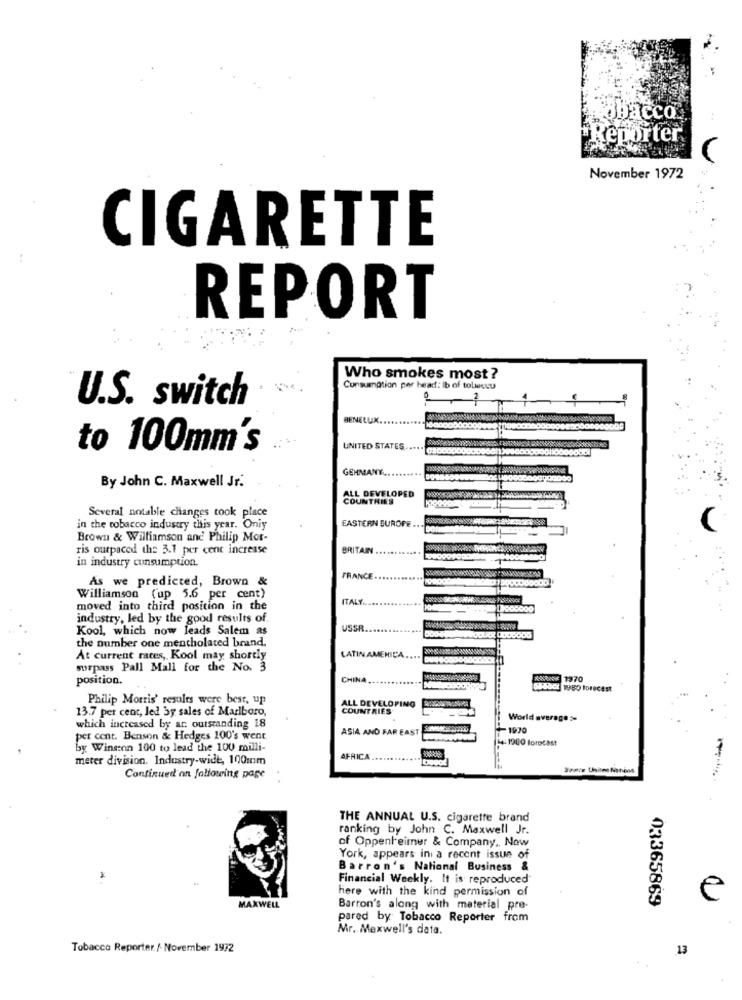
pöbacco
*Reporter
November 1972
CIGARETTE
REPORT
Who smokes most ?
Consumption per head: Ib of tolwsuu
U.S. switch
HENELUX.
to 100mm's
UNITED STATES ....
GEHMANY
By John C. Maxwell Jr.
ALL DEVELOPED
COUNTRIES
Several notable changes took place
EASTERN BUROFE ...
in the tobacco industry this year. Oniy
Brown & Williamson and Philip Mor-
ris outpaced the 3.1 per cent increase
BRITAIN
in industry consumption.
As we predicted, Brown &
FRANCE .............
Williamson (up 5.6 per cent)
ITALY
moved into third position in the
industry, led by the good results of.
Kool, which now leads Salem as
USSR
the number one mentholated brand.
LATIN AMERICA.
At current rates, Kool may shortly
surpass Pall Mall for the No. 3
position.
CHINA
**.
**** 1970
TUBO forecast
Philip Morris' results were best, up
ALL DEVELOPING
13.7 per cent, led by sales of Marlboro,
COUNTRIES
World average
which increased by ar outstanding 18
ASIA AND FAR EAST
-1970
per cent. Benson & Hedges 100's went
44:1900 forochst
by Winsenn 100 to lead the 100 milli-
meter division. Industry-wide, 100mm
AFRICA
.....
Continued on following page
THE ANNUAL U.S. cigarette brand
ranking by John C. Maxwell Jr.
of Oppenheimer & Company ,, Now
York, appears ini a recent issue of
Barron's National Business &
Financial Weekly. It is reproduced
here with the kind permission of
03365869
e
MAXWELL
Barron's along with material pre-
pared by Tobacco Reporter from
Mr. Mexwell's data.
Tobacco Reporter/ November 1972
13